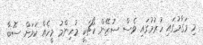
މި މަގާމުގައި ހުރުމުގައި ވެސް ސުޒޭން ކޯޗަކީ މުހިންމު މީހެއް ކަމަށް ސޮބާ